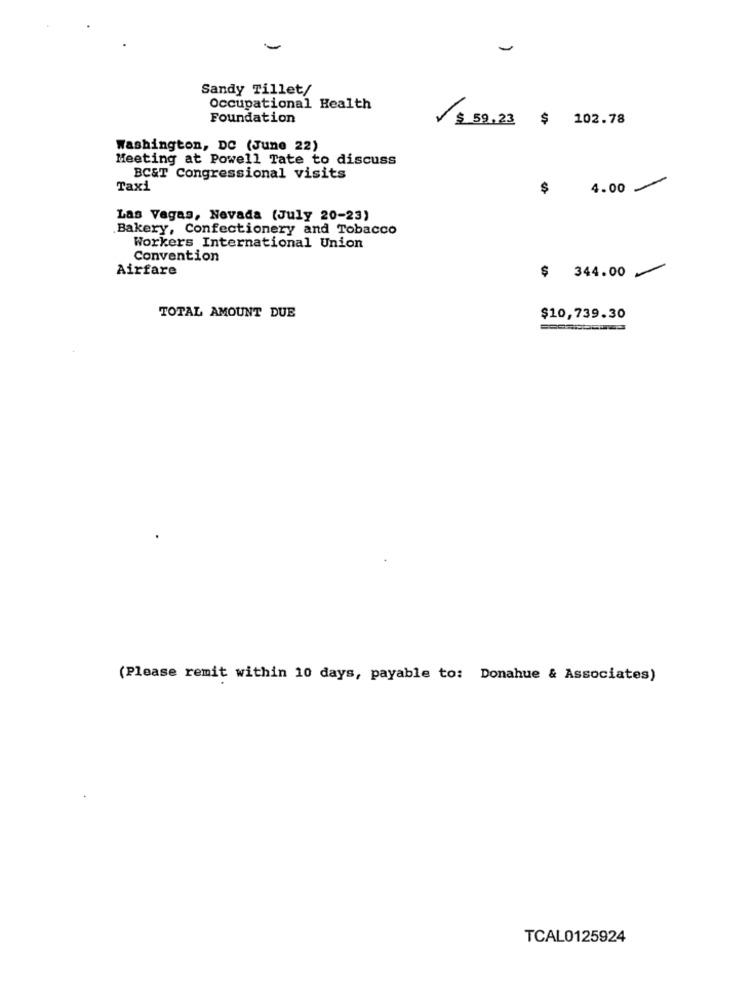
-
Sandy Tillet/
Occupational Health
Foundation
$ 59.23 $ 102.78
Washington, DC (June 22)
Meeting at Powell Tate to discuss
BC&T Congressional visits
Taxi
$
4.00
Las Vegas, Nevada (July 20-23)
Bakery, Confectionery and Tobacco
Workers International Union
Convention
Airfare
$ 344.00
TOTAL AMOUNT DUE
$10,739.30
(Please remit within 10 days, payable to: Donahue & Associates)
TCAL0125924